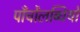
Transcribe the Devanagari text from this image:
पाँचोंलब्धियों